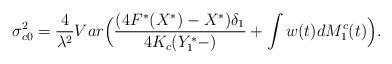
LaTeX: \begin{align*}\sigma_{c0}^{2}=\frac{4}{\lambda^{2}}Var\Big(\frac{(4F^*(X^*)-X^*)\delta_1}{4K_c(Y^{*}_1-)}+\int w(t) dM_1^c(t)\Big).\end{align*}